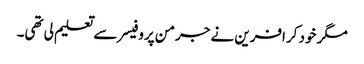
مگر خود کرافرین نے جرمن پروفیسر سے تعلیم لی تھی۔